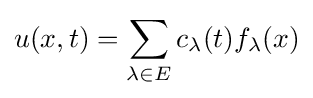
u(x,t)=\sum _{\lambda \in E}c_{\lambda }(t)f_{\lambda }(x)